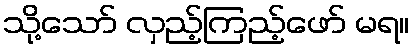
သို့သော် လှည့်ကြည့်ဖော် မရ။